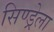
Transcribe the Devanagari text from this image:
सिण्ड्रेला